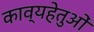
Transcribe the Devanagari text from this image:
काव्यहेतुओं